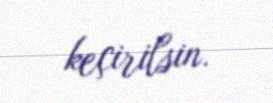
keçirilsin.